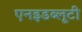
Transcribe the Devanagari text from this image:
एनइडब्लूटी